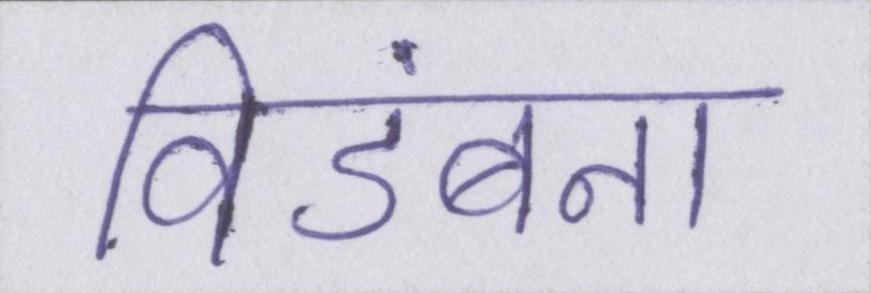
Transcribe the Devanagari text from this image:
विडंबना